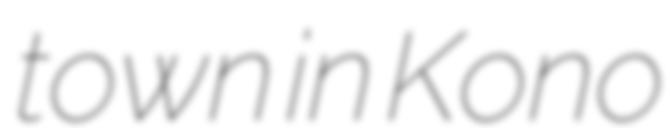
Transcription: town in Kono